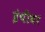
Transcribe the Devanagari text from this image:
इंचीवर